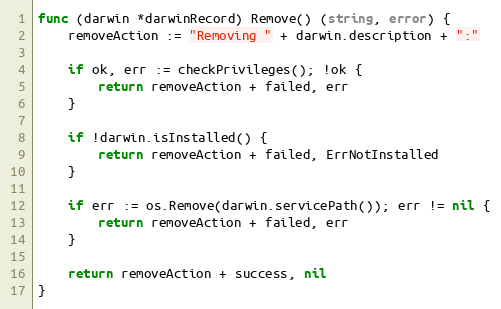
Language: Go
func (darwin *darwinRecord) Remove() (string, error) {
	removeAction := "Removing " + darwin.description + ":"

	if ok, err := checkPrivileges(); !ok {
		return removeAction + failed, err
	}

	if !darwin.isInstalled() {
		return removeAction + failed, ErrNotInstalled
	}

	if err := os.Remove(darwin.servicePath()); err != nil {
		return removeAction + failed, err
	}

	return removeAction + success, nil
}